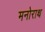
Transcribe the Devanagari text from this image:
मनोराथ